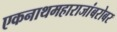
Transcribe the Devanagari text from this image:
एकनाथमहाराजांबरोबर